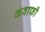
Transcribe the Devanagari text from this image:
कवाफी